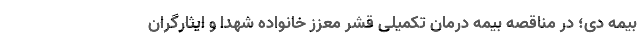
بیمه دی؛ در مناقصه بیمه درمان تکمیلی قشر معزز خانواده شهدا و ایثارگران